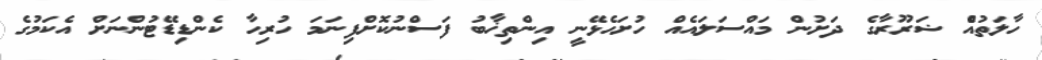
ހާލަތުއެް ޟަރޫރާގެ ދަށުން މައްސަލައެއް ހުށަހެޅޭނީ އިންތިޚާބު ފަސްނުކޮށްފިނަމަ ހުރިހާ ކެންޑިޑޭޓުންނަށް އެކަމުގެ